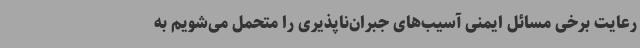
رعایت برخی مسائل ایمنی آسیب‌های جبران‌ناپذیری را متحمل می‌شویم به